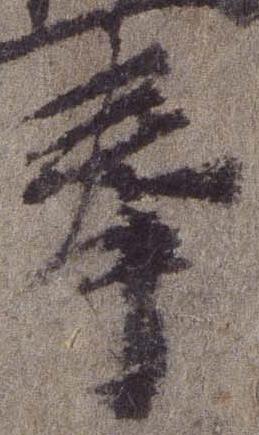
奉